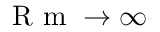
\mathrm { ~ R ~ m ~ } \rightarrow \infty